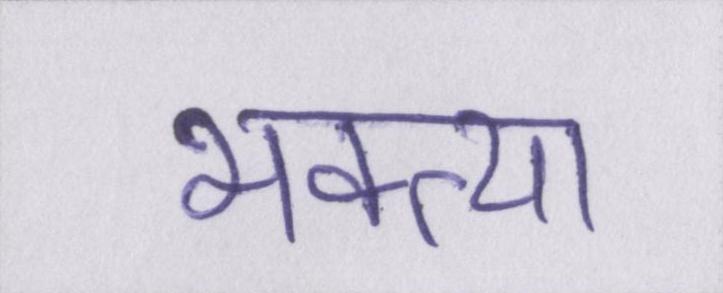
भक्त्या